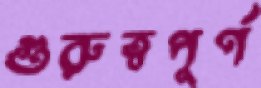
গুরুত্বপূর্ণ